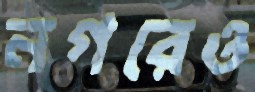
নগরেও